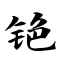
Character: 铯